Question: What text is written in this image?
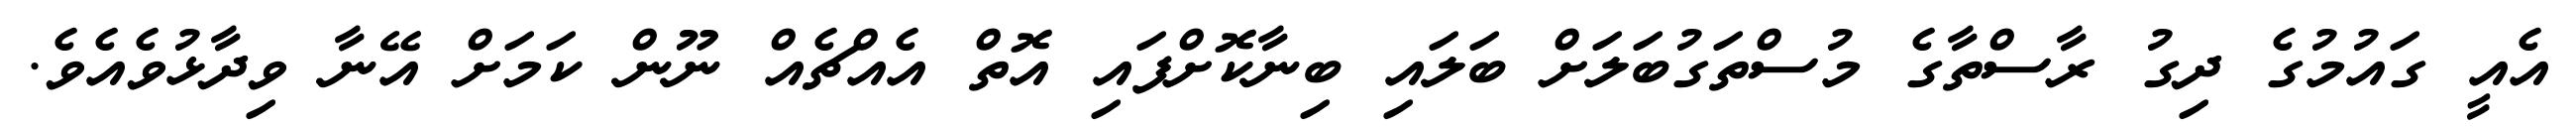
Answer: އެއީ ގައުމުގެ ދިގު ރާސްތާގެ މުސްތަގުބަލަށް ބަލައި ބިނާކޮށްފައި އޮތް އެއްޗެއް ނޫން ކަމަށް އޭނާ ވިދާޅުވެއެވެ.